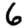
Digit: 6